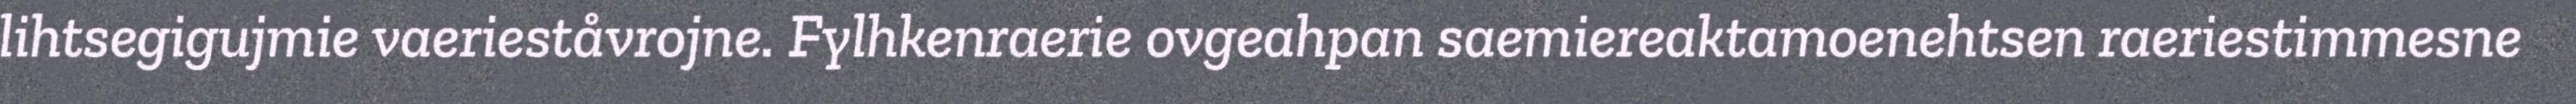
lihtsegigujmie vaerieståvrojne. Fylhkenraerie ovgeahpan saemiereaktamoenehtsen raeriestimmesne